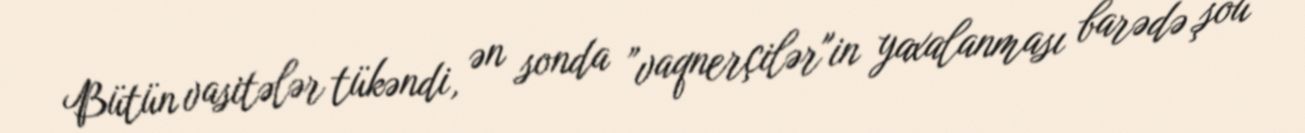
Bütün vasitələr tükəndi, ən sonda ”vaqnerçilər"in yaxalanması barədə şou